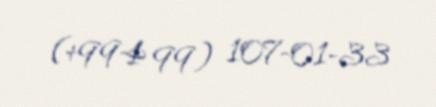
(+994 99) 107-01-33